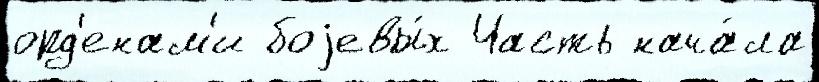
орд'енам'и боjевы́х Часть нача́ла